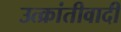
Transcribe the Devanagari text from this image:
उत्क्रांतीवादी